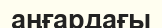
аңғардағы